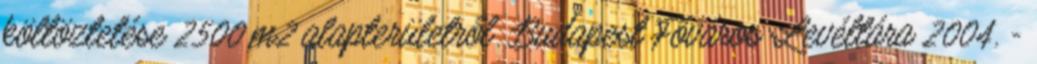
költöztetése 2500 m2 alapterületről. Budapest Főváros Levéltára 2004. -